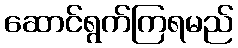
ဆောင်ရွက်ကြရမည်